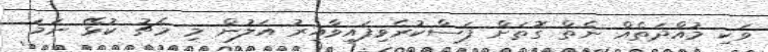
ވަކި މުއްދަތެއް ނެތް ގޮތަށް ފަސްކުރެވިފައިވާއިރު އަލުން މި މެޗު ކުޅޭ ނަމަ